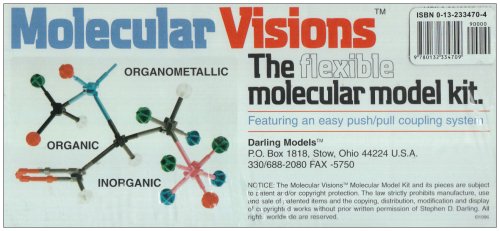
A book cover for Organic & Inorganic Molecular Model Kit; Steve Darling; Science & Math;